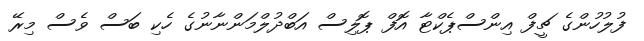
ފުލުހުންގެ ޗީފް އިންސްޕެކްޓާ އޮފް ޕޮލިސް އަބްދުލްމަންނާނުގެ ހެކި ބަސް ވެސް މިރޭ